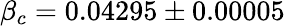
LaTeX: \beta_{c}=0.04295\pm 0.00005